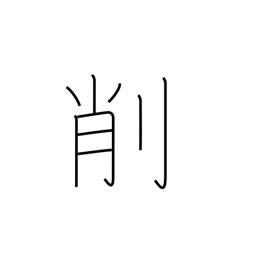
Meaning: whittle